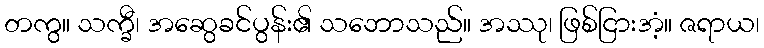
တကွ။ သက္ခီ၊ အဆွေခင်ပွန်း၏ သဘောသည်။ အဿု၊ ဖြစ်ငြားအံ့။ ဇရာယ၊